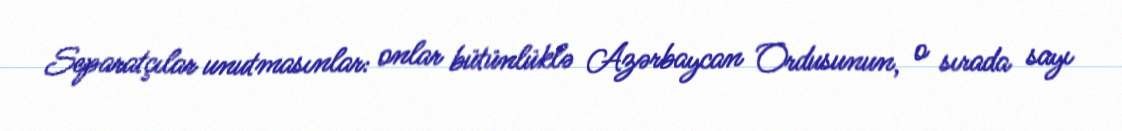
Separatçılar unutmasınlar: onlar bütünlüklə Azərbaycan Ordusunun, o sırada sayı